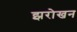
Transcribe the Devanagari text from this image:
झरोखन